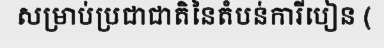
សម្រាប់ប្រជាជាតិនៃតំបន់ការីបៀន (